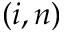
( i , n )